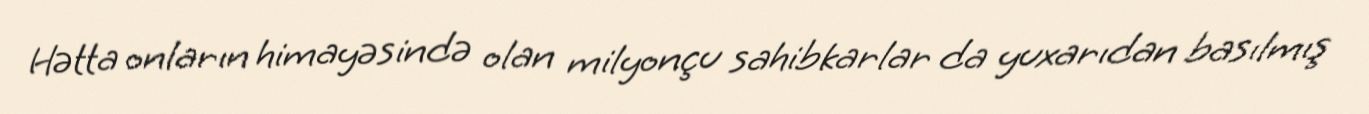
Hətta onların himayəsində olan milyonçu sahibkarlar da yuxarıdan basılmış